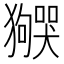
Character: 𬍌